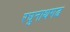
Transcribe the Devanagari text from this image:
रघुनाथगढ